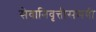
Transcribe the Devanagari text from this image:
सेवानिवृत्तीसमयी